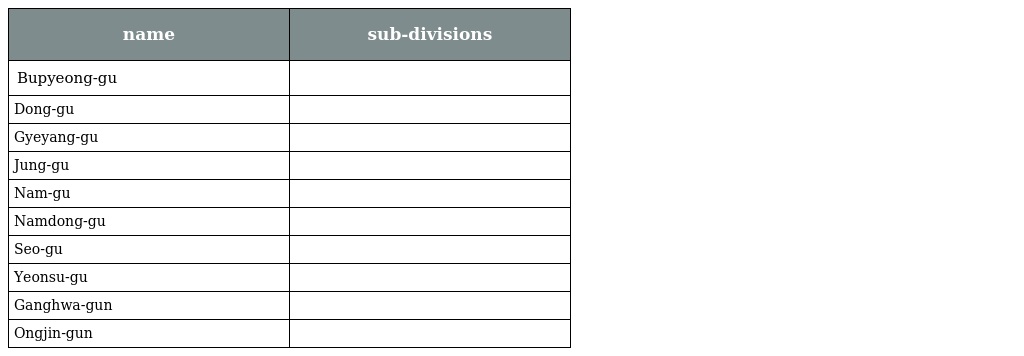
| name | sub-divisions |
 | --- | --- |
 | Bupyeong-gu |  |
 | Dong-gu |  |
 | Gyeyang-gu |  |
 | Jung-gu |  |
 | Nam-gu |  |
 | Namdong-gu |  |
 | Seo-gu |  |
 | Yeonsu-gu |  |
 | Ganghwa-gun |  |
 | Ongjin-gun |  |